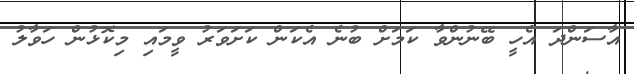
އާސަންދަ އެހީ ބޭނުންވާ ކަމަށް ބުނެ އެކަން ކަށަވަރު ވީމައި މިކޮޅުން ހަވާލު